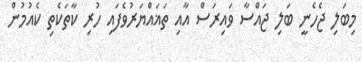
މިބަލި ޖެހެނީ ބަލި ޖައްސާ ވައިރަސް އާއި ތަޣައްޔަރުވެފައި ހުރި ކާތަކެތި ކެއުމުން